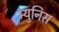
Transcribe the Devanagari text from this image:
म्युनिस